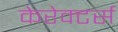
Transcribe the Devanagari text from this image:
केरेक्टर्स